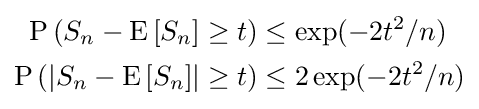
{\begin{aligned}\operatorname {P} \left(S_{n}-\mathrm {E} \left[S_{n}\right]\geq t\right)&\leq \exp(-2t^{2}/n)\\\operatorname {P} \left(\left|S_{n}-\mathrm {E} \left[S_{n}\right]\right|\geq t\right)&\leq 2\exp(-2t^{2}/n)\end{aligned}}